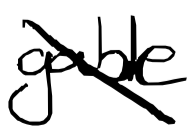
Text: gable
Cross-out: diagonal
Writing tool: digital_black